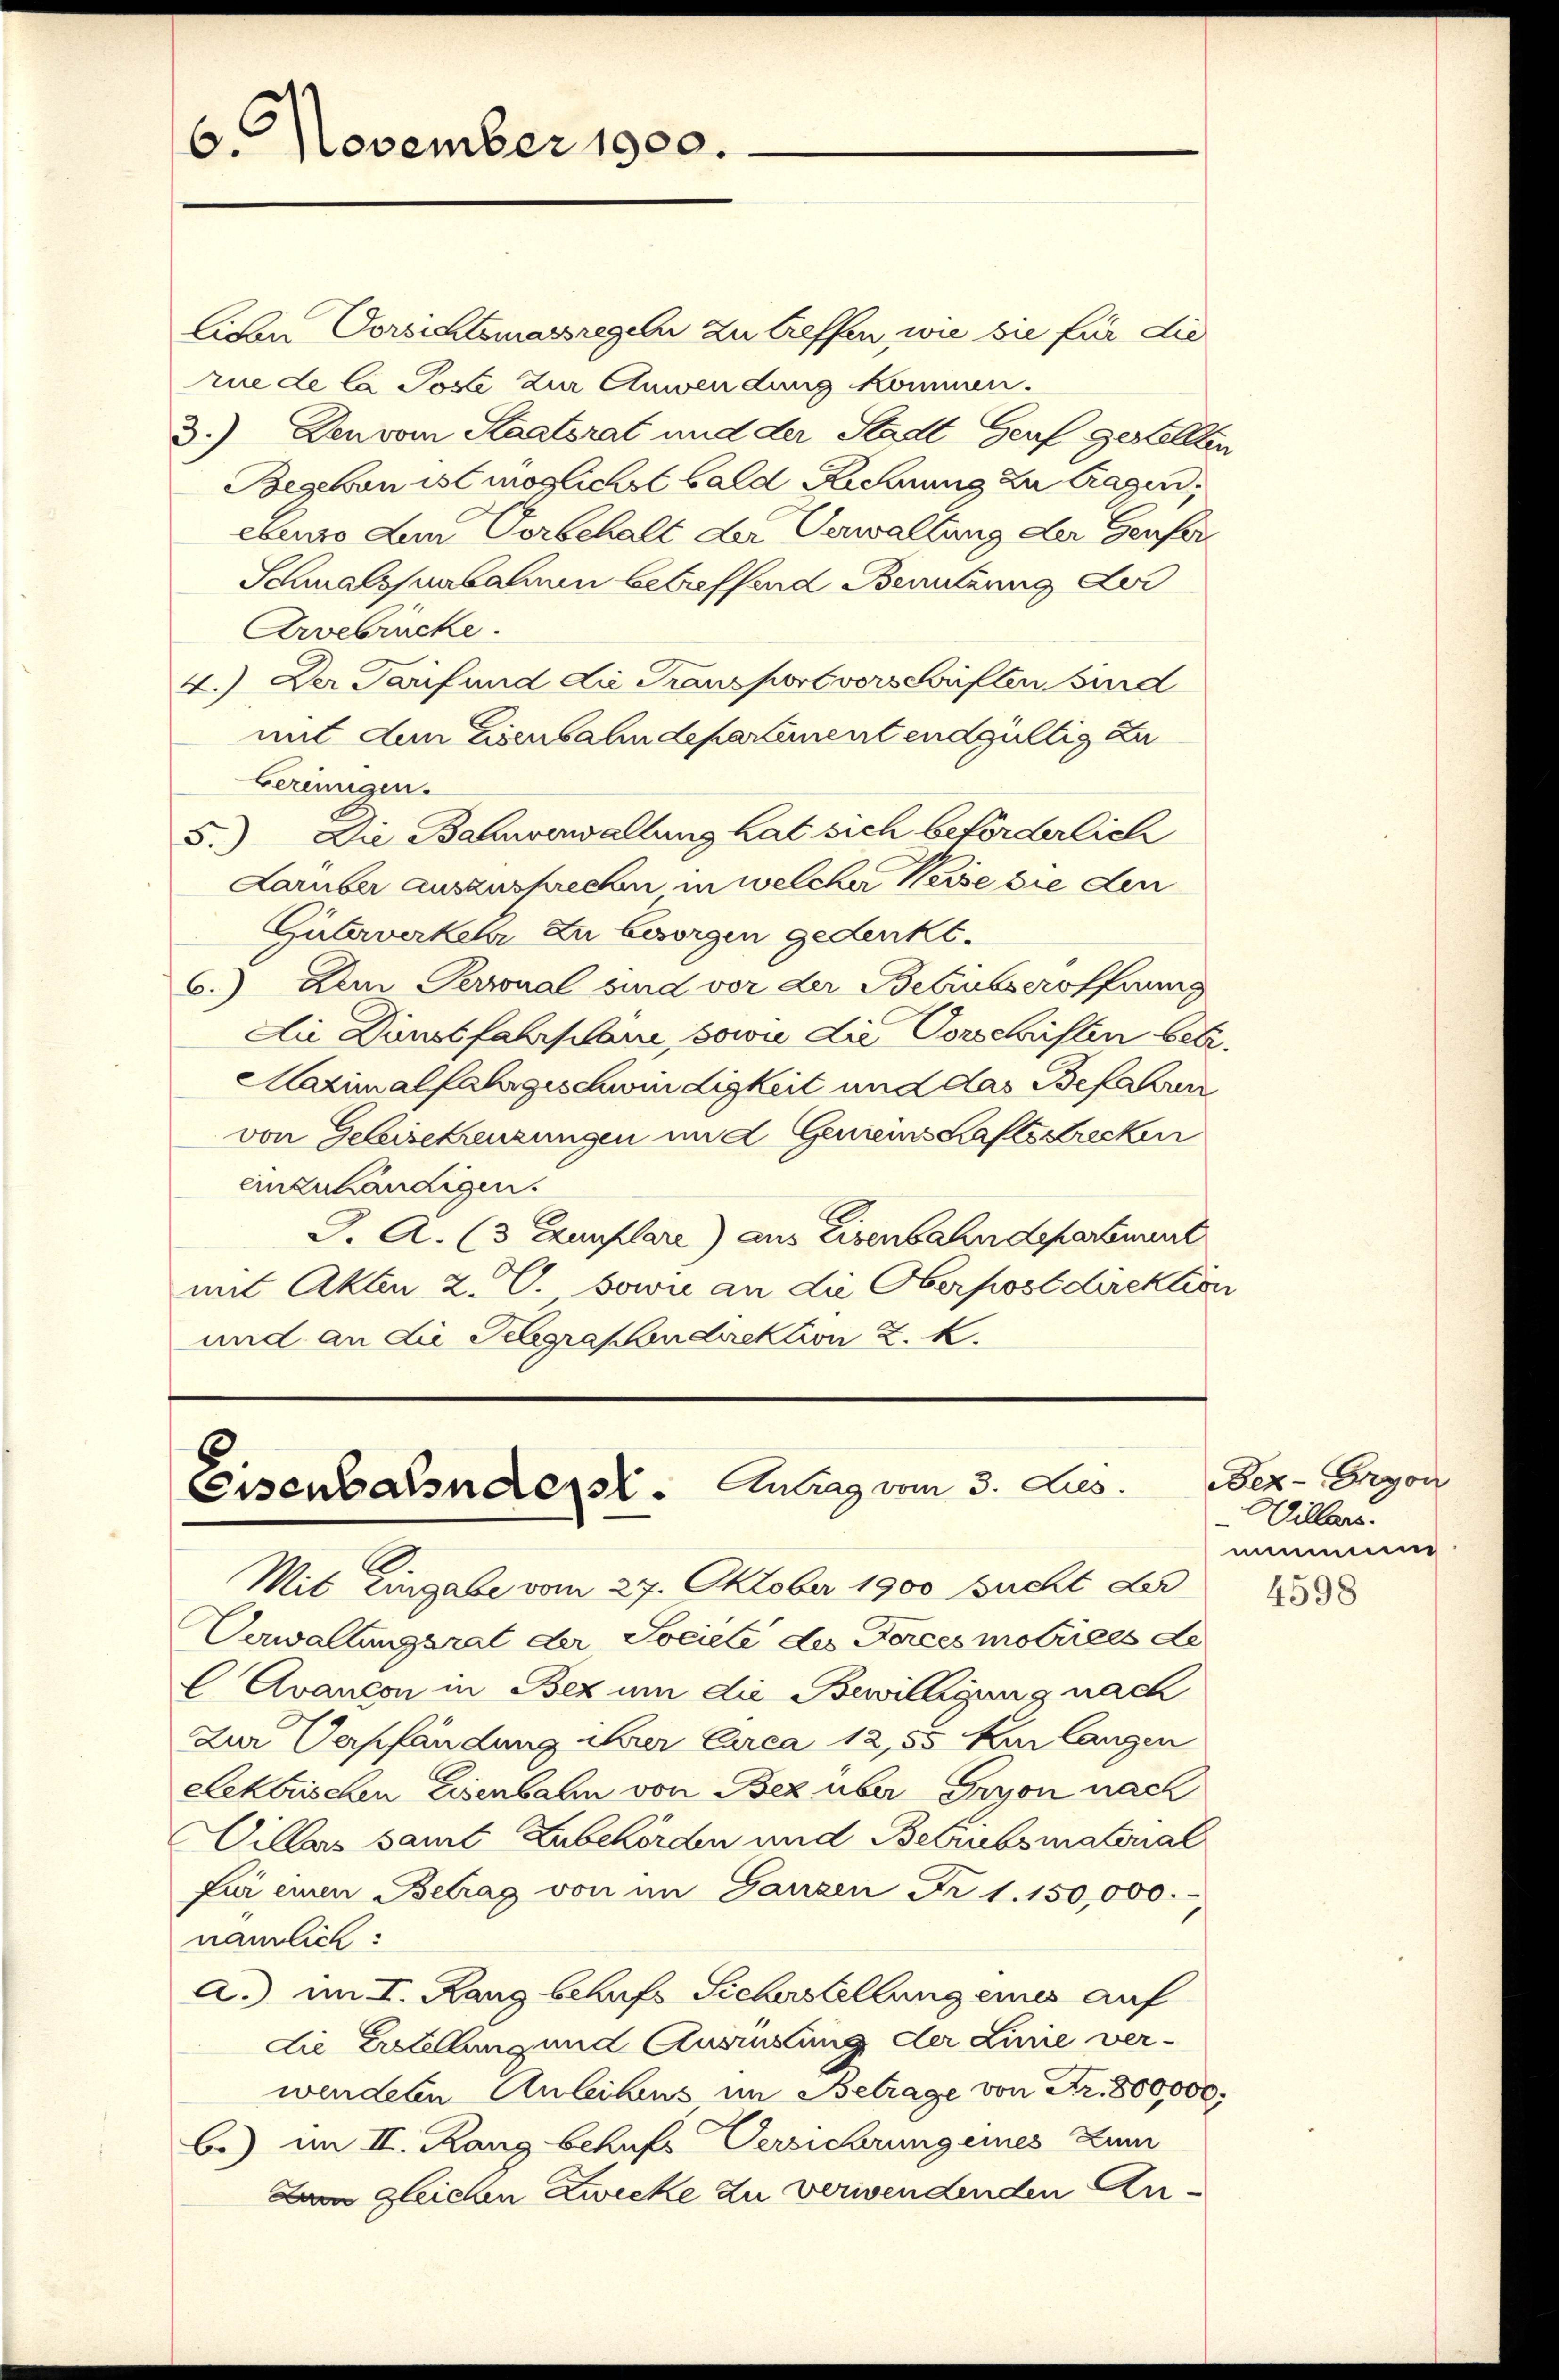
6. November 1900.

liven Vorsichtsmassregeln zu treffen, wie sie für die
rue de la Poste zur Anwendung kommen.
3.) Den vom Staatsrat und der Stadt Genf gestellten
Begehen ist möglichst bald Rechnung zu tragen,
ebenso dem Vorbehalt der Verwaltung der Genfer¬
Schmalssenbahnen betreffend Benutzung der
Arvebrücke.
4.) Der Tarif und die Transport vorschriften Bind
mit den Eisenbahndepartement endgültig zu
bereinigen.
5.) Die Bahnverwaltung hat sich beförderlich
Laruber auszusprechen in welcher Kesse die den
Güterverkehr zu besorgen gedenkt.
6.) Dem Personal sind vor der Betrübseröffnung
Die Dunstfahrplane, sowie die Vorschriften betr.
Maximalfahrgeschwindigkeit und das Befahren
von Geleisekreuzungen und Gemeinschaftsstrecken
einzuhändigen.
J. A. (3 Exemplare) aus Eisenbahndepartiert
mit Akten 2. V. sowie an die Oberpostdirektion
und an die Telegrafondirektion K. K.

Eisenbahnders. Antrag vom 3. Jes.

Mit Eingabe vom 27. Oktober 1900 sucht der
Verwaltungsrat der Sociele des Forces motrices de
Avancon in Bez um die Bewilligung nach
zur Verpfändung ihrer Circa 12,55 Kur langen
Lekarischen Eisenbahn von Bez über Ervon nach
ilbar samt Zubehörden und Betrübsmaterial
für einen Betrag von im Ganzen Fr. 1. 150,000.
nämlich:
a.) im I. Rang behufs Sicherstellung eine auf
die Erstellung und Ausrüstung der Linie verwendeten Anleihens im Betrage von Fr. 800,000.
b.) im II. Rang behufs Versichrung eines Zum
Am gleichen Zwecke zu verwendenden An¬

Bez-Ergon
Willen.
nemmun

4598